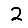
Digit: 2